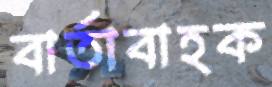
বার্তাবাহক